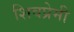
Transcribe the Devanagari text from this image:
शिवप्रेमी